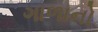
ગાળાનો